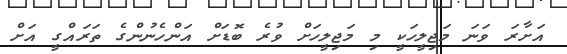
އަށާރަ ވަނަ މަޖިލީހަކީ މި މަޖިލީހަށް ވުރެ ބޮޑަށް އަންހެނުންގެ ތަރައްގީ އަށް